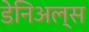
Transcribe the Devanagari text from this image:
डेनिअल्स